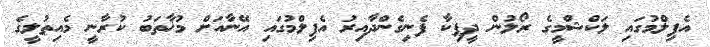
އެފިލްމުގައި ލަކްޝްމީގެ ރޯލުން ދީޕިކާ ފެނިގެންދާއިރު އެފިލްމުގައި އޭނާއަށް މުޚާތަބު ކުރާނީ މެއިތުލީގެ